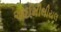
અઈમીલીયલ